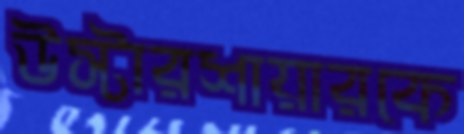
উস্টারশায়ারকে